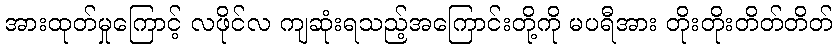
အားထုတ်မှုကြောင့် လဖိုင်လ ကျဆုံးရသည့်အကြောင်းတို့ကို မပရီအား တိုးတိုးတိတ်တိတ်